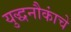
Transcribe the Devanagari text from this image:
युद्धनौकांचे